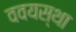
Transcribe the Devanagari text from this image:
ववयस्था